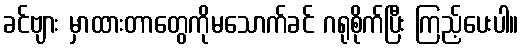
ခင်ဗျား မှာထားတာတွေကိုမသောက်ခင် ဂရုစိုက်ပြီး ကြည့်ပေးပါ။